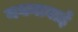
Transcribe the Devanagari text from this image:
नयनाबाई